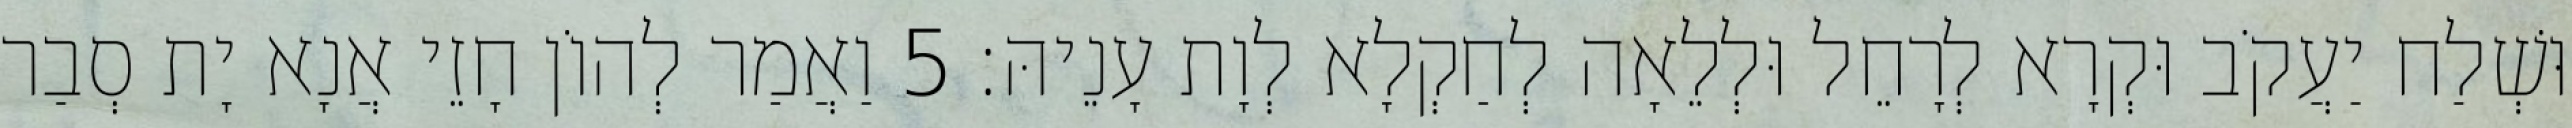
וּשְׁלַח יַעֲקֹב וּקְרָא לְרָחֵל וּלְלֵאָה לְחַקְלָא לְוָת עָנֵיהּ׃ 5 וַאֲמַר לְהוֹן חָזֵי אֲנָא יָת סְבַר